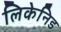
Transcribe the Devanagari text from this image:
लिकेनिड